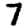
Digit: 7